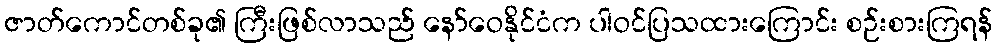
ဇာတ်ကောင်တစ်ခု၏ ကြီးဖြစ်လာသည် နော်ဝေနိုင်ငံက ပါဝင်ပြသထားကြောင်း စဉ်းစားကြရန်